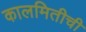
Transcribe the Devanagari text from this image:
कालमितीची